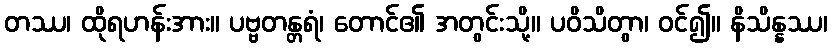
တဿ၊ ထိုရဟန်းအား။ ပဗ္ဗတန္တရံ၊ တောင်၏ အတွင်းသို့။ ပဝိသိတွာ၊ ဝင်၍။ နိသိန္နဿ၊